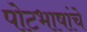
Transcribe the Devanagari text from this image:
पोटभाषांचे